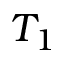
T _ { 1 }